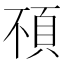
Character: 𩑢